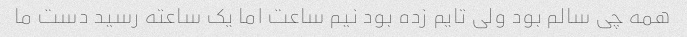
همه چی سالم بود ولی تایم زده بود نیم ساعت اما یک ساعته رسید دست ما